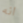
انه